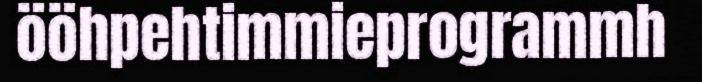
ööhpehtimmieprogrammh